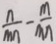
\frac { n } { m n } - \frac { m } { m n }